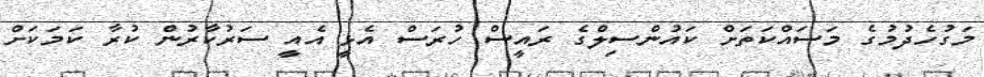
މަގުހެދުމުގެ މަސައްކަތަށް ކައުންސިލްގެ ރައީސް ހުރަސް އެޅީ އެއީ ސަރުކާރުން ކުރާ ކަމަކަށް